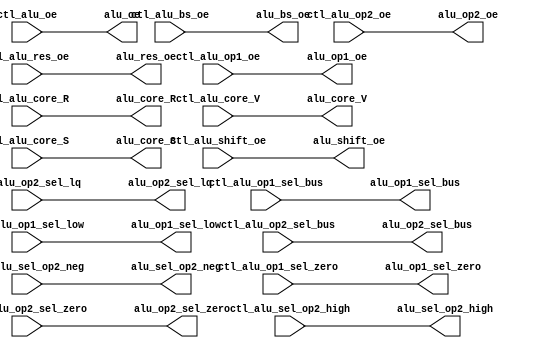
// Copyright (C) 1991-2013 Altera Corporation
// Your use of Altera Corporation's design tools, logic functions 
// and other software and tools, and its AMPP partner logic 
// functions, and any output files from any of the foregoing 
// (including device programming or simulation files), and any 
// associated documentation or information are expressly subject 
// to the terms and conditions of the Altera Program License 
// Subscription Agreement, Altera MegaCore Function License 
// Agreement, or other applicable license agreement, including, 
// without limitation, that your use is for the sole purpose of 
// programming logic devices manufactured by Altera and sold by 
// Altera or its authorized distributors.  Please refer to the 
// applicable agreement for further details.

// PROGRAM		"Quartus II 64-Bit"
// VERSION		"Version 13.0.1 Build 232 06/12/2013 Service Pack 1 SJ Web Edition"
// CREATED		"Mon Oct 13 11:59:39 2014"

module alu_select(
	ctl_alu_oe,
	ctl_alu_shift_oe,
	ctl_alu_op2_oe,
	ctl_alu_res_oe,
	ctl_alu_op1_oe,
	ctl_alu_bs_oe,
	ctl_alu_op1_sel_bus,
	ctl_alu_op1_sel_low,
	ctl_alu_op1_sel_zero,
	ctl_alu_op2_sel_zero,
	ctl_alu_op2_sel_bus,
	ctl_alu_op2_sel_lq,
	ctl_alu_sel_op2_neg,
	ctl_alu_sel_op2_high,
	ctl_alu_core_R,
	ctl_alu_core_V,
	ctl_alu_core_S,
	alu_oe,
	alu_shift_oe,
	alu_op2_oe,
	alu_res_oe,
	alu_op1_oe,
	alu_bs_oe,
	alu_op1_sel_bus,
	alu_op1_sel_low,
	alu_op1_sel_zero,
	alu_op2_sel_zero,
	alu_op2_sel_bus,
	alu_op2_sel_lq,
	alu_sel_op2_neg,
	alu_sel_op2_high,
	alu_core_R,
	alu_core_V,
	alu_core_S
);


input wire	ctl_alu_oe;
input wire	ctl_alu_shift_oe;
input wire	ctl_alu_op2_oe;
input wire	ctl_alu_res_oe;
input wire	ctl_alu_op1_oe;
input wire	ctl_alu_bs_oe;
input wire	ctl_alu_op1_sel_bus;
input wire	ctl_alu_op1_sel_low;
input wire	ctl_alu_op1_sel_zero;
input wire	ctl_alu_op2_sel_zero;
input wire	ctl_alu_op2_sel_bus;
input wire	ctl_alu_op2_sel_lq;
input wire	ctl_alu_sel_op2_neg;
input wire	ctl_alu_sel_op2_high;
input wire	ctl_alu_core_R;
input wire	ctl_alu_core_V;
input wire	ctl_alu_core_S;
output wire	alu_oe;
output wire	alu_shift_oe;
output wire	alu_op2_oe;
output wire	alu_res_oe;
output wire	alu_op1_oe;
output wire	alu_bs_oe;
output wire	alu_op1_sel_bus;
output wire	alu_op1_sel_low;
output wire	alu_op1_sel_zero;
output wire	alu_op2_sel_zero;
output wire	alu_op2_sel_bus;
output wire	alu_op2_sel_lq;
output wire	alu_sel_op2_neg;
output wire	alu_sel_op2_high;
output wire	alu_core_R;
output wire	alu_core_V;
output wire	alu_core_S;


assign	alu_oe = ctl_alu_oe;
assign	alu_shift_oe = ctl_alu_shift_oe;
assign	alu_op2_oe = ctl_alu_op2_oe;
assign	alu_res_oe = ctl_alu_res_oe;
assign	alu_op1_oe = ctl_alu_op1_oe;
assign	alu_bs_oe = ctl_alu_bs_oe;
assign	alu_op1_sel_bus = ctl_alu_op1_sel_bus;
assign	alu_op1_sel_low = ctl_alu_op1_sel_low;
assign	alu_op1_sel_zero = ctl_alu_op1_sel_zero;
assign	alu_op2_sel_zero = ctl_alu_op2_sel_zero;
assign	alu_op2_sel_bus = ctl_alu_op2_sel_bus;
assign	alu_op2_sel_lq = ctl_alu_op2_sel_lq;
assign	alu_sel_op2_neg = ctl_alu_sel_op2_neg;
assign	alu_sel_op2_high = ctl_alu_sel_op2_high;
assign	alu_core_R = ctl_alu_core_R;
assign	alu_core_V = ctl_alu_core_V;
assign	alu_core_S = ctl_alu_core_S;




endmodule